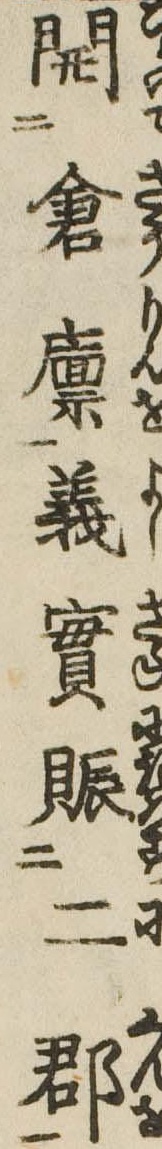
開倉廪義実賑二郡